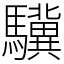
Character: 驥